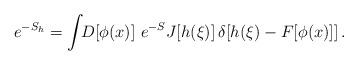
LaTeX: \begin{align*}e^{-S_h} =\int\!\!D[\phi(x)]\ e^{-S} J[h(\xi)]\,\delta[h(\xi) - F[\phi(x)]]\,.\end{align*}